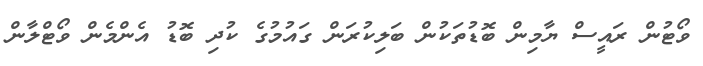
ވޯޓުން ރައީސް ޔާމިން ބޮޑުތަކުން ބަލިކުރަން ގައުމުގެ ކުދި ބޮޑު އެންމެން ވޯޓްލާން